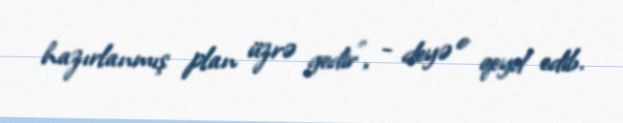
hazırlanmış plan üzrə gedir”, - deyə o qeyd edib.